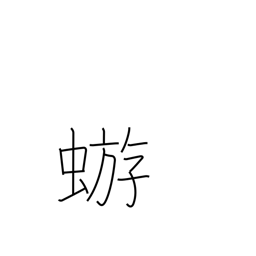
Meaning: mayfly